Indian Civil Veterinary Department memoirs
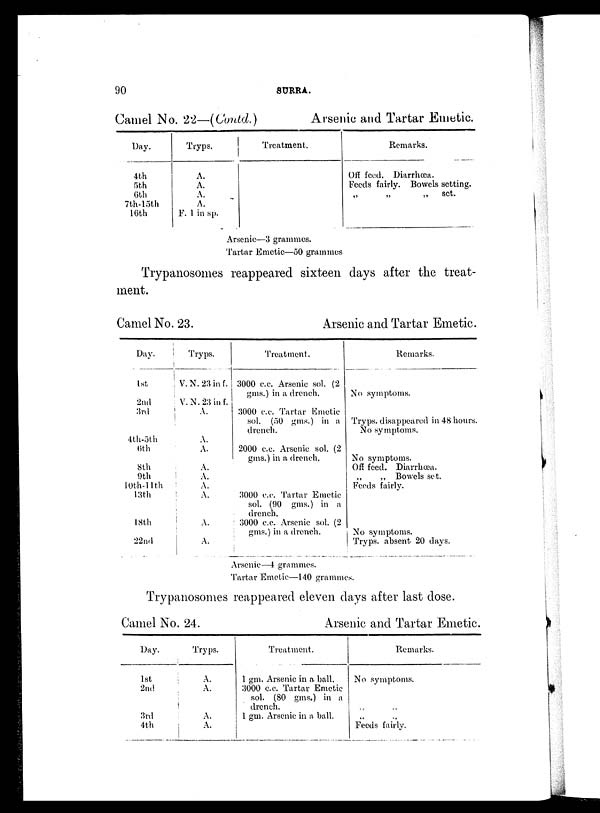
90
SURRA.
Camel No. 22—(Contd.)
Arsenic and Tartar Emetic.
Day.
4th
5th
6th
7th-15th
16th
Tryps.
A.
A.
A.
A.
F. 1 in sp.
Treatment.
Remarks.
Off feed. Diarrhœa.
Feeds fairly. Bowels setting.
„
„
„ set.
Arsenic—3 grammes.
Tartar Emetic—50 grammes
Trypanosomes reappeared sixteen days after the treat-
ment.
Camel No. 23.
Day.
1st
2nd
3rd
4th-5th
6th
8th
9th
10th-11th
13th
18th
22nd
Tryps.
V. N. 23 in f.
V. N. 23 in f.
A.
A.
A.
A.
A.
A.
A.
A.
A.
Arsenic and Tartar Emetic.
Treatment.
3000 c.c. Arsenic sol. (2
gms.) in a drench.
3000 c.c. Tartar Emetic
sol. (50 gms.) in a
drench.
2000 c.c. Arsenic sol. (2
gms.) in a drench.
3000 c.c. Tartar Emetic
sol. (90 gms.) in a
drench.
3000 c.c. Arsenic sol. (2
gms.) in a drench.
Remarks.
No symptoms.
Tryps. disappeared in 48 hours.
No symptoms.
No symptoms.
Off feed. Diarrhœa.
„
„ Bowels set.
Feeds fairly.
No symptoms.
Tryps. absent 20 days.
Arsenic—4 grammes.
Tartar Emetic—140 grammes.
Trypanosomes reappeared eleven days after last dose.
Camel No. 24.
Arsenic and Tartar Emetic.
Day.
1st
2nd
3rd
4th
Tryps.
A.
A.
A.
A.
Treatment.
1 gm. Arsenic in a ball.
3000 c.c. Tartar Emetic
sol. (80 gms.) in a
drench.
1 gm. Arsenic in a ball.
Remarks.
No symptoms.
„ „
Feeds fairly.